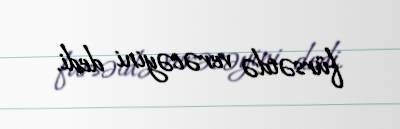
fürsətdə verəcəyini dedi.